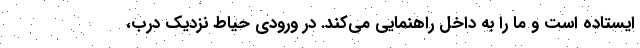
ایستاده است و ما را به داخل راهنمایی می‌کند. در ورودی حیاط نزدیک درب،